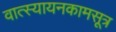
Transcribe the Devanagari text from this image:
वात्स्यायनकामसूत्र